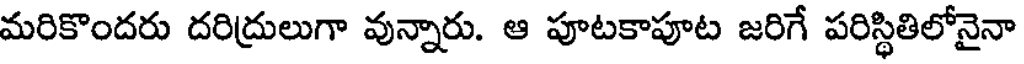
మరికొందరు దరిద్రులుగా వున్నారు. ఆ పూటకాపూట జరిగే పరిస్థితిలోనైనా